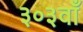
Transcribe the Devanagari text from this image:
३०३वाँ